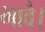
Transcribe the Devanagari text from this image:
भावै।